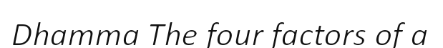
Dhamma The four factors of a